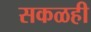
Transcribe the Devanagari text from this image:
सकळही